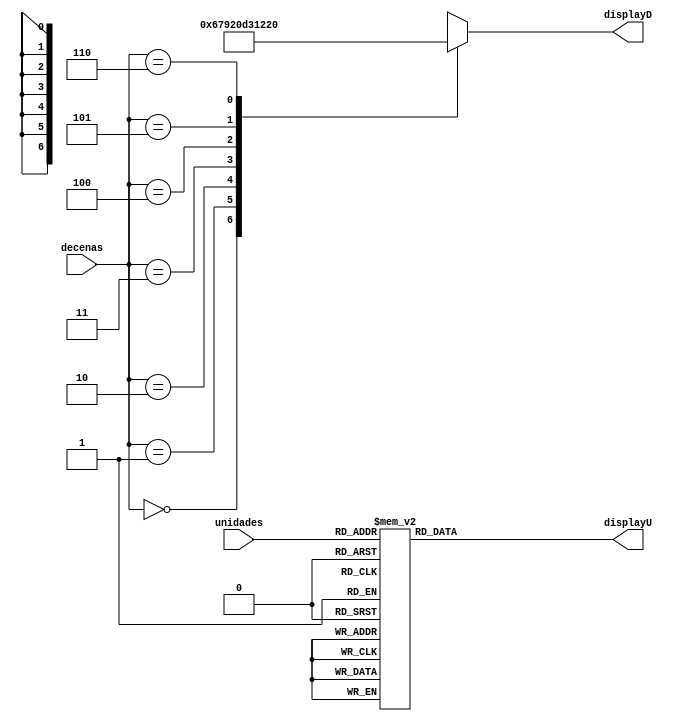
`timescale 1ns / 1ps
//////////////////////////////////////////////////////////////////////////////////
// Company: 
// Engineer: 
// 
// Design Name: 
// Module Name:    codificadorMinutos 
// Project Name: 
// Target Devices: 
// Tool versions: 
// Description: 
//
// Dependencies: 
//
// Revision: 
// Revision 0.01 - File Created
// Additional Comments: 
//
//////////////////////////////////////////////////////////////////////////////////
module codificadorMinutos(decenas,unidades,displayD,displayU);
input [2:0]decenas;
input [3:0]unidades;
output reg [6:0] displayD,displayU;

always@(decenas,unidades)begin

casez(decenas)

			0: displayD = 7'b0000001;//0
			1: displayD = 7'b1001111;//1
			2: displayD = 7'b0010010;//2
			3: displayD = 7'b0000110;//3
			4: displayD = 7'b1001100;//4
			5: displayD = 7'b0100100;//5
			6: displayD = 7'b0100000;//6
			default displayD = 7'bxxxxxxx;
			endcase

casez(unidades)
			0: displayU = 7'b0000001;//0
			1: displayU = 7'b1001111;//1
			2: displayU = 7'b0010010;//2
			3: displayU = 7'b0000110;//3
			4: displayU = 7'b1001100;//4
			5: displayU = 7'b0100100;//5
			6: displayU = 7'b0100000;//6
			7: displayU = 7'b0001111;//7
			8: displayU = 7'b0000000;//8
			9: displayU = 7'b0000100;//9
			default displayU = 7'bxxxxxxx;

endcase
 
end





endmodule